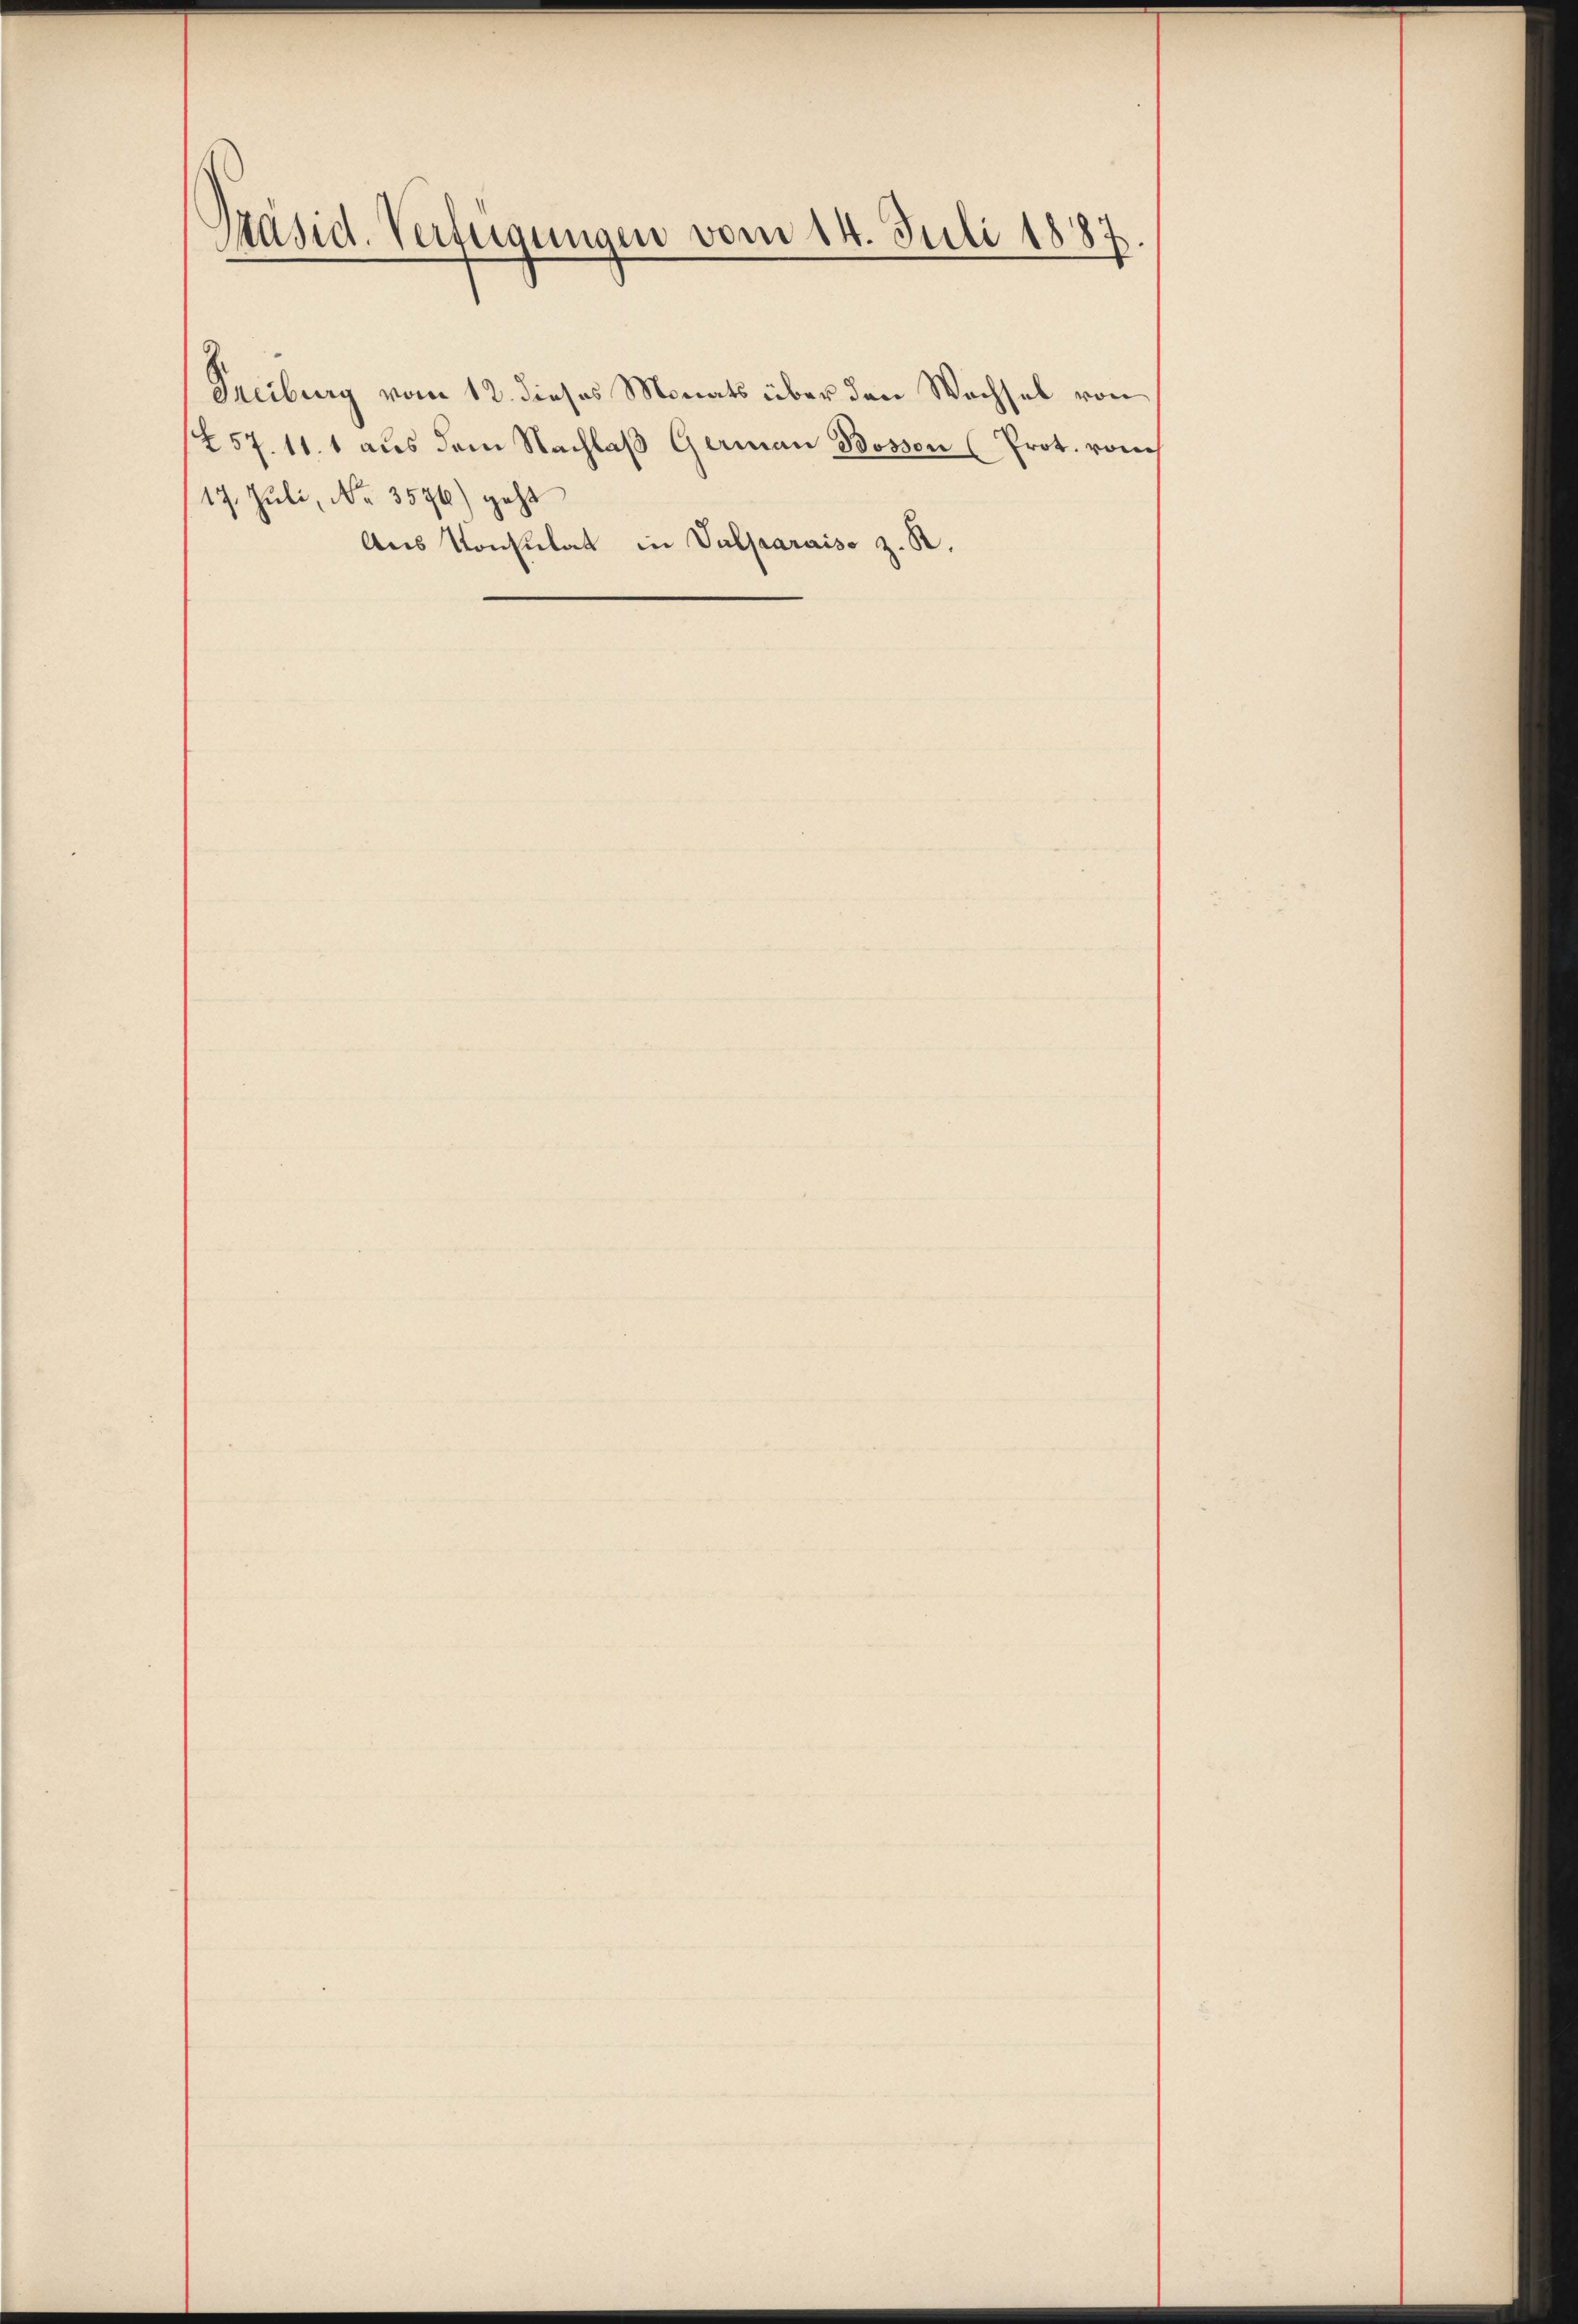
Präsid. Verfügungen vom 14. Juli 1887.

Treiburg vom 12. dieses Monats über den Wachsel von
1257. 11. 1 aus dem Nachlaβ German Bosson (Prot. vom
17. Juli, No. 3576) geht
Aus Konsulat in Valparaiso z. R.